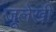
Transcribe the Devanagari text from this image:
जूलेखी